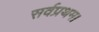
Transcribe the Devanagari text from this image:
सर्वप्रथम।